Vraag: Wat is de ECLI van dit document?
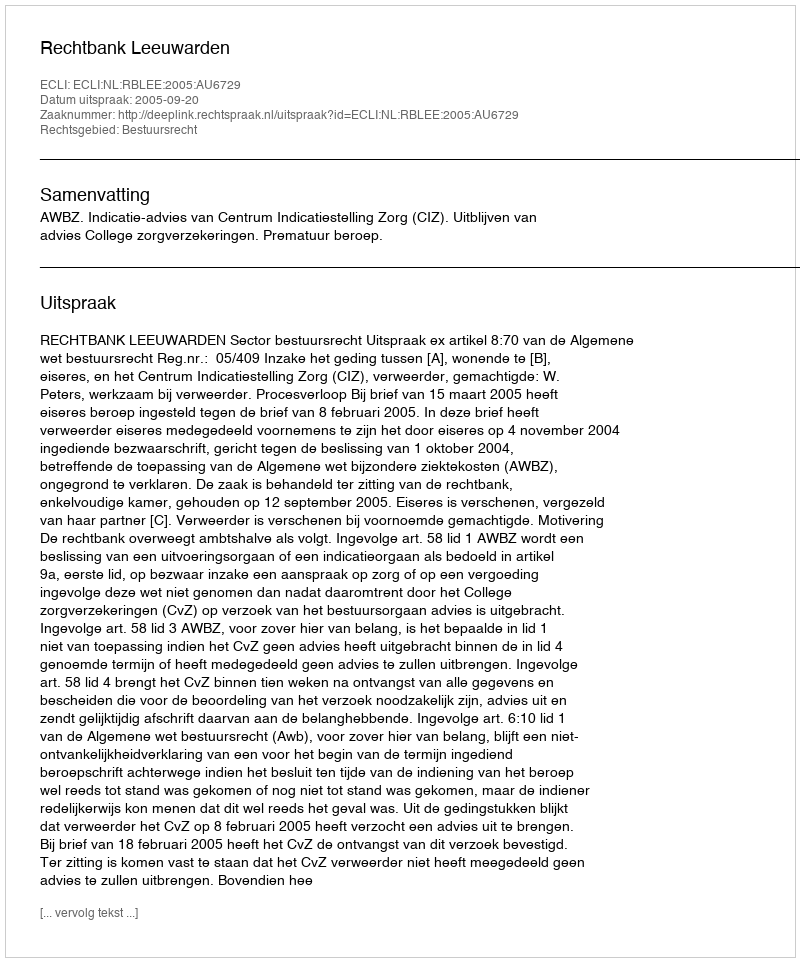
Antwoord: ECLI:NL:RBLEE:2005:AU6729